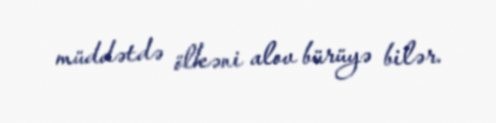
müddətdə ölkəni alov bürüyə bilər.